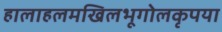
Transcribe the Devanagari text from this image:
हालाहलमखिलभूगोलकृपया